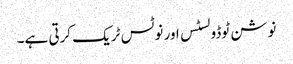
نوشن ٹوڈو لسٹس اور نوٹس ٹریک کرتی ہے۔